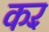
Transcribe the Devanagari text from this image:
करॅ